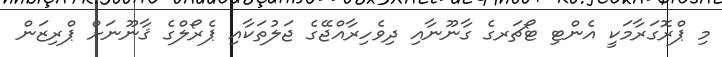
މި ޕްރޮގަރާމަކީ އެންޓި ޓޯޗަރގެ ގާނޫނާއި ދިވެހިރާއްޖޭގެ ޖަލުތަކާއި ޕެރޯލްގެ ޤާނޫނަށް ޕްރިޒަން